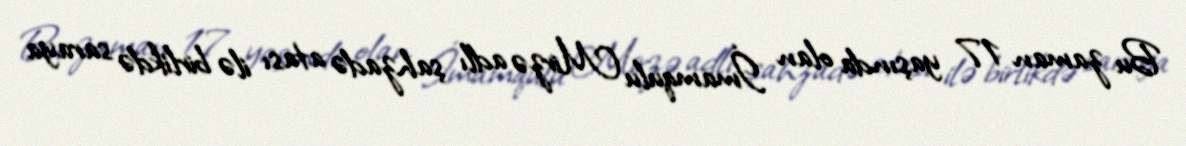
Bu zaman 17 yaşında olan İmamqulu Mirzə adlı şahzadə atası ilə birlikdə saraya